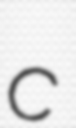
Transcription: c